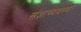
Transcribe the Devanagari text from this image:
संज्ञाव्यवस्था